Lunatic asylums in Bengal annual reports 1912-1924 - 1912-1924
Year: 1912
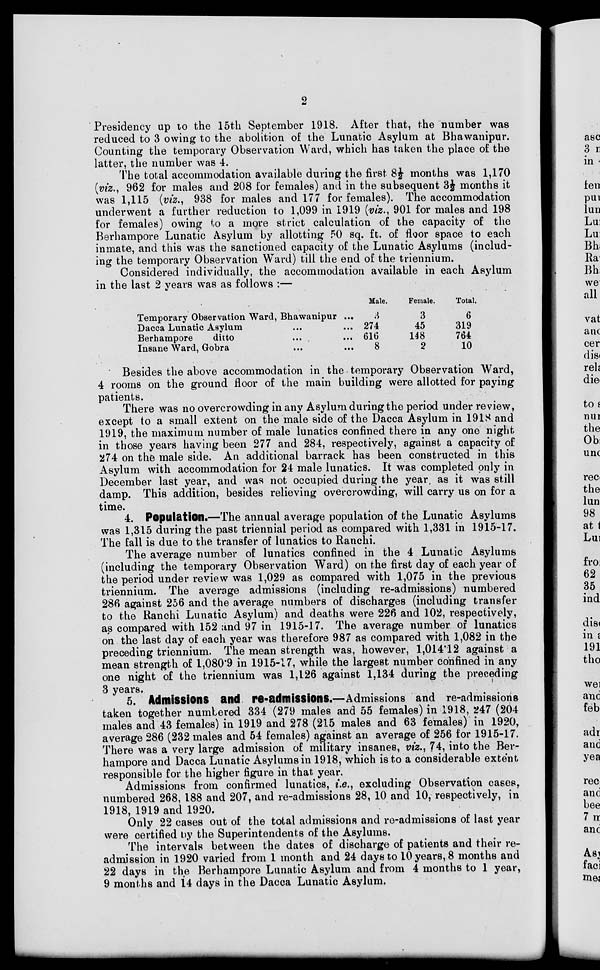
2
Presidency up to the 15th September 1918. After that, the number was
reduced to 3 owing to the abolition of the Lunatic Asylum at Bhawanipur.
Counting the temporary Observation Ward, which has taken the place of the
latter, the number was 4.
The total accommodation available during the first 8½ months was 1,170
(viz., 962 for males and 208 for females) and in the subsequent 3½ months it
was 1,115 (viz., 938 for males and 177 for females). The accommodation
underwent a further reduction to 1,099 in 1919 (viz., 901 for males and 198
for females) owing to a more strict calculation of the capacity of the
Berhampore Lunatic Asylum by allotting 50 sq. ft. of floor space to each
inmate, and this was the sanctioned capacity of the Lunatic Asylums (includ-
ing the temporary Observation Ward) till the end of the triennium.
Considered individually, the accommodation available in each Asylum
in the last 2 years was as follows :—
Temporary Observation Ward, Bhawanipur ...
Dacca Lunatic Asylum ... ...
Berhampore
ditto ... ...
Insane Ward, Gobra ... ...
Male.
3
274
616
8
Female.
3
45
148
2
Total.
6
319
764
10
Besides the above accommodation in the temporary Observation Ward,
4 rooms on the ground floor of the main building were allotted for paying
patients.
There was no overcrowding in any Asylum during the period under review,
except to a small extent on the male side of the Dacca Asylum in 1918 and
1919, the maximum number of male lunatics confined there in any one night
in those years having been 277 and 284, respectively, against a capacity of
274 on the male side. An additional barrack has been constructed in this
Asylum with accommodation for 24 male lunatics. It was completed only in
December last year, and was not occupied during the year, as it was still
damp. This addition, besides relieving overcrowding, will carry us on for a
time.
4. Population.—The annual average population of the Lunatic Asylums
was 1,315 during the past triennial period as compared with 1,331 in 1915-17.
The fall is due to the transfer of lunatics to Ranchi.
The average number of lunatics confined in the 4 Lunatic Asylums
(including the temporary Observation Ward) on the first day of each year of
the period under review was 1,029 as compared with 1,075 in the previous
triennium. The average admissions (including re-admissions) numbered
286 against 256 and the average numbers of discharges (including transfer
to the Ranchi Lunatic Asylum) and deaths were 226 and 102, respectively,
as compared with 152 and 97 in 1915-17. The average number of lunatics
on the last day of each year was therefore 987 as compared with 1,082 in the
preceding triennium. The mean strength was, however, 1,014.12 against a
mean strength of 1,080.9 in 1915-17, while the largest number confined in any
one night of the triennium was 1,126 against 1,134 during the preceding
3 years.
5. Admissions and re-admissions.—Admissions and re-admissions
taken together numbered 334 (279 males and 55 females) in 1918, 247 (204
males and 43 females) in 1919 and 278 (215 males and 63 females) in 1920,
average 286 (232 males and 54 females) against an average of 256 for 1915-17.
There was a very large admission of military insanes, viz., 74, into the Ber-
hampore and Dacca Lunatic Asylums in 1918, which is to a considerable extent
responsible for the higher figure in that year.
Admissions from confirmed lunatics, i.e., excluding Observation cases,
numbered 268, 188 and 207, and re-admissions 28, 10 and 10, respectively, in
1918, 1919 and 1920.
Only 22 cases out of the total admissions and re-admissions of last year
were certified by the Superintendents of the Asylums.
The intervals between the dates of discharge of patients and their re-
admission in 1920 varied from 1 month and 24 days to 10 years, 8 months and
22 days in the Berhampore Lunatic Asylum and from 4 months to 1 year,
9 months and 14 days in the Dacca Lunatic Asylum.